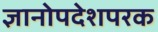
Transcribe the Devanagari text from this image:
ज्ञानोपदेशपरक